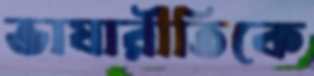
ভাষারীতিকে